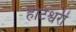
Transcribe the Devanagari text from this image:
हाटेश्वरी